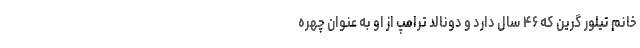
خانم تیلور گرین که ۴۶ سال دارد و دونالد ترامپ از او به عنوان چهره